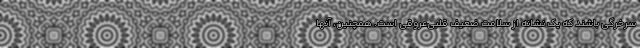
سرخرگی باشند که یک نشانه از سلامت ضعیف قلبی‌عروقی است. همچنین، آنها